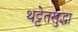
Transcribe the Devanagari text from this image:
थट्टेतसुद्धा